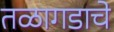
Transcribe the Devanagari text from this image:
तळागडाचे